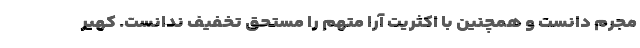
مجرم دانست و همچنین با اکثریت آرا متهم را مستحق تخفیف ندانست. کهیر